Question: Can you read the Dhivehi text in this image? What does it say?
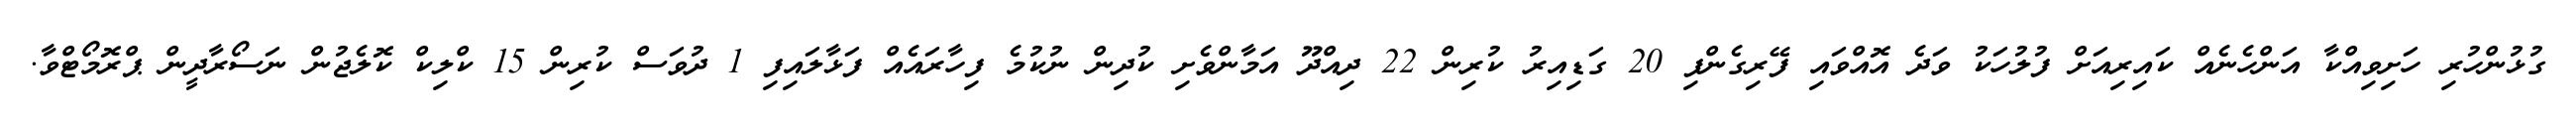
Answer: ގުޅުންހުރި ހަށިވިއްކާ އަންހެނެއް ކައިރިއަށް ފުލުހަކު ވަދެ އޮއްވައި ފޭރިގެންފި 20 ގަޑިއިރު ކުރިން 22 ދިއްދޫ އަމާންވެށި ކުދިން ނުކުމެ ފިހާރައެއް ފަޅާލައިފި 1 ދުވަސް ކުރިން 15 ކްލިކް ކޮލެޖުން ނަސޯރާދީން ޕްރޮމޯޓްވާ.